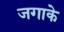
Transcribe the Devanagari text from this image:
जगाके